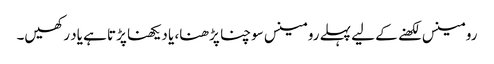
رومینس لکھنے کے لیے پہلے رومینس سوچنا پڑھنا، یا دیکھنا پڑتا ہے یاد رکھیں۔